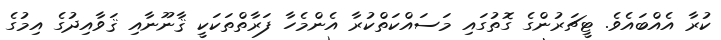
ކުރާ އެއްބައެވެ. ޓީޗަރުންގެ ގޮތުގައި މަސައްކަތްކުރާ އެންމެހާ ފަރާތްތަކަކީ ޤާނޫނާއި ޤަވާއިދުގެ އިމުގެ